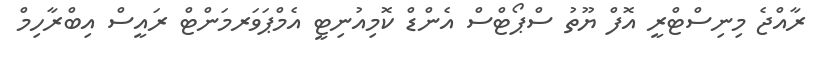
ރާއްޖެ މިނިސްޓްރީ އޮފް ޔޫތު ސްޕޯޓްސް އެންޑް ކޮމިއުނިޓީ އެމްޕަވަރމަންޓް ރައީސް އިބްރާހިމް